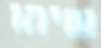
שיהו